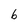
Character: b